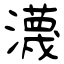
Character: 瀎